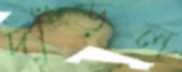
দাঁড়ল